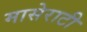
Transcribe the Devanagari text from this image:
मासेराटी